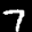
Label: 7